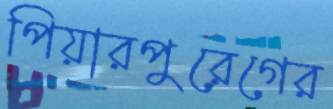
পিয়ারপুরেগের